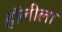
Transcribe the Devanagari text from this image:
हॉलीला